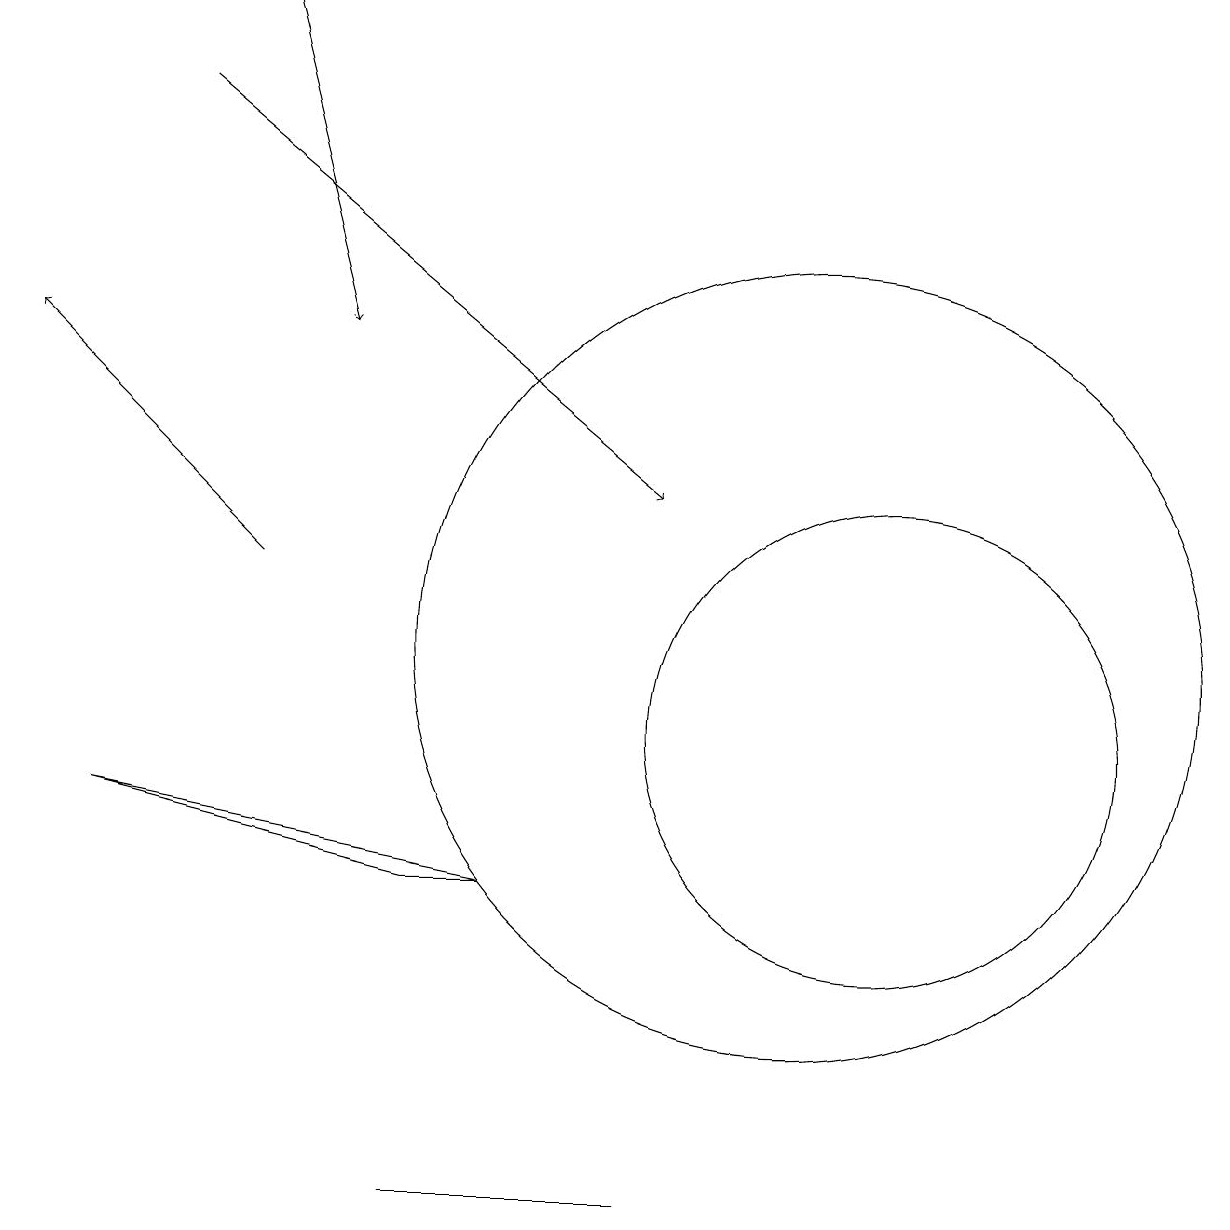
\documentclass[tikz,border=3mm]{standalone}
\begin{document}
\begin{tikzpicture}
\draw[->] (2,18) -- (8,13);
\draw[->] (3,12) -- (0,15);
\draw[->] (3,19) -- (4,15);
\draw (11,10) circle (3);
\draw (10,11) circle (5);
\draw (5,8) -- (1,9) -- (6,8) -- cycle;
\draw (6,4) -- (5,4) -- (8,4) -- cycle;
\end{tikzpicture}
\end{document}